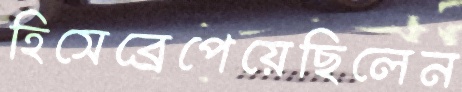
হিসেব্রেপেয়েছিলেন